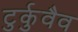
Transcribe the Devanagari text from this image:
टुर्कुवैव